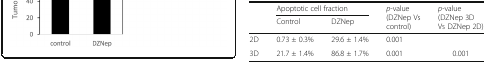
<table><thead><tr><td rowspan="2"></td><td colspan="2"><b>Apoptotic cell fraction</b></td><td rowspan="2"><b><i>p</i>-value (DZNep Vs control)</b></td><td rowspan="2"><b><i>p</i>-value (DZNep 3D Vs DZNep 2D)</b></td></tr><tr><td><b>Control</b></td><td><b>DZNep</b></td></tr></thead><tbody><tr><td>2D</td><td>0.73 ± 0.3%</td><td>29.6 ± 1.4%</td><td>0.001</td><td></td></tr><tr><td>3D</td><td>21.7 ± 1.4%</td><td>86.8 ± 1.7%</td><td>0.001</td><td>0.001</td></tr></tbody></table>